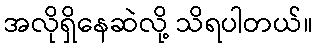
အလိုရှိနေဆဲလို့ သိရပါတယ်။